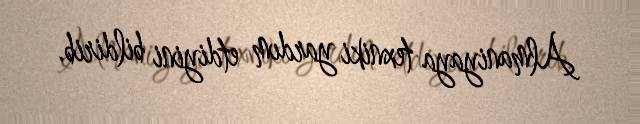
Almaniyaya texniki yardım etdiyini bildirib.